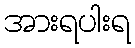
အားရပါးရ